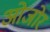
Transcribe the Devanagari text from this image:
ओजोर